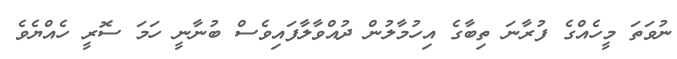
ނުވަތަ މީހެއްގެ ފުރާނަ ތިބާގެ އިހުމާލުން ދުއްވާލާފައިވެސް ބުނާނީ ހަމަ ސޮރީ ހެއްޔެވެ